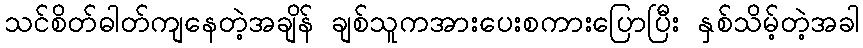
သင်စိတ်ဓါတ်ကျနေတဲ့အချိန် ချစ်သူကအားပေးစကားပြောပြီး နှစ်သိမ့်တဲ့အခါ